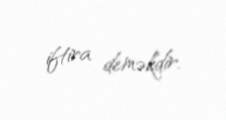
iftira deməkdir.